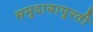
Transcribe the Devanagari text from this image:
समुदायापुरती